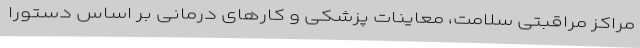
مراکز مراقبتی سلامت، معاینات پزشکی و کارهای درمانی بر اساس دستورا